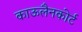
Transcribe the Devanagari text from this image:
काऊलैनकोर्ट